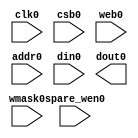
// OpenRAM SRAM model
// Words: 128
// Word size: 336
// Write size: 8

(* blackbox *)
module sram_336x128(
`ifdef USE_POWER_PINS
      vccd1,
      vssd1,
`endif
// Port 0: RW
      clk0,csb0,web0,wmask0,spare_wen0,addr0,din0,dout0
   );

   parameter NUM_WMASKS = 42 ;
   parameter DATA_WIDTH = 337 ;
   parameter ADDR_WIDTH = 8 ;
   parameter RAM_DEPTH = 1 << ADDR_WIDTH;
   // FIXME: This delay is arbitrary.
   parameter DELAY = 3 ;
   parameter VERBOSE = 1 ; //Set to 0 to only display warnings
   parameter T_HOLD = 1 ; //Delay to hold dout value after posedge. Value is arbitrary

`ifdef USE_POWER_PINS
      inout vccd1;
      inout vssd1;
`endif
   input  clk0; // clock
   input   csb0; // active low chip select
   input  web0; // active low write control
   input [ADDR_WIDTH-1:0]  addr0;
   input [NUM_WMASKS-1:0]   wmask0; // write mask
   input           spare_wen0; // spare mask
   input [DATA_WIDTH-1:0]  din0;
   output [DATA_WIDTH-1:0] dout0;
endmodule